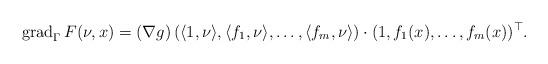
LaTeX: \begin{align*} \mathrm{grad}_{\Gamma}\, F(\nu,x)= (\nabla g)\left(\langle 1,\nu\rangle,\langle f_1,\nu\rangle,\dots,\langle f_m,\nu\rangle \right) \cdot (1,f_1(x),\dots,f_m(x))^\top.\end{align*}